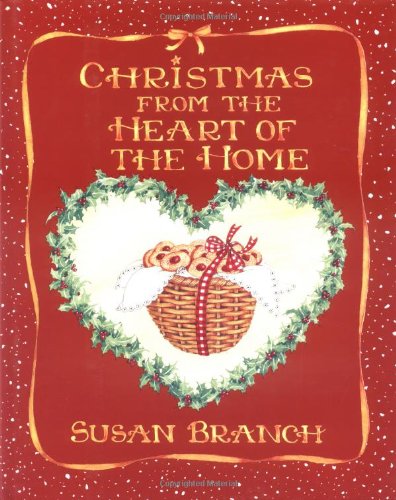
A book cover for Christmas from the Heart of the Home; Susan Branch; Cookbooks, Food & Wine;